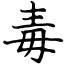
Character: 毒